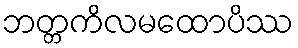
ဘတ္တကိလမထောပိဿ